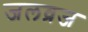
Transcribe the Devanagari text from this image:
जलव्रज